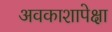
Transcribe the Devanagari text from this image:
अवकाशापेक्षा